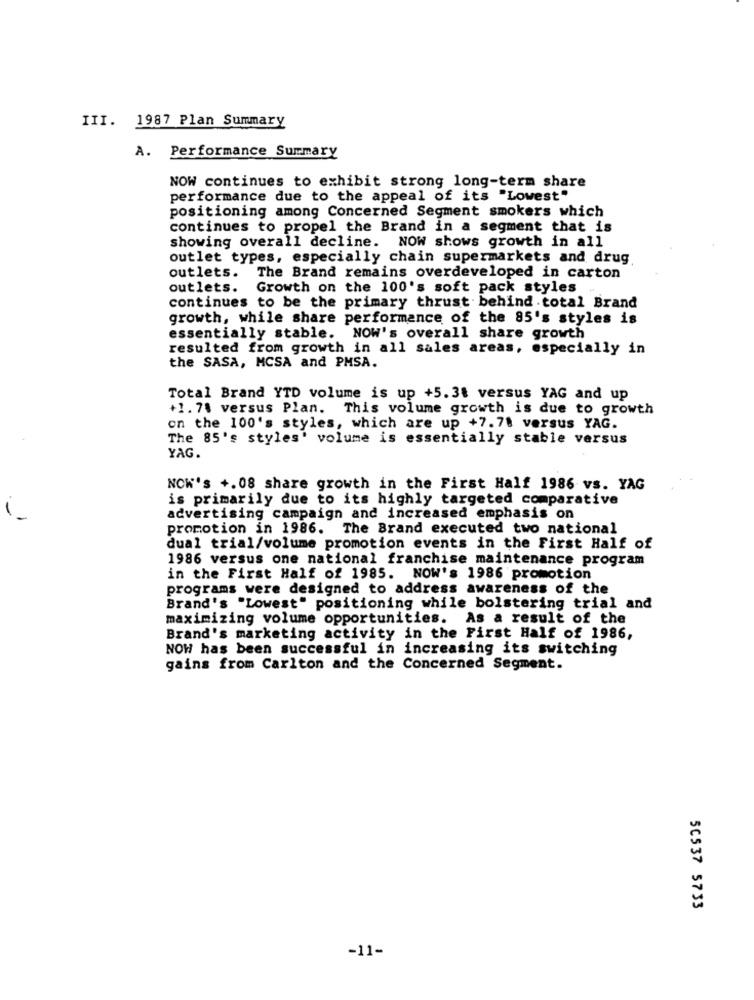
III. 1987 Plan Summary
A. Performance Summary
NOW continues to exhibit strong long-term share
performance due to the appeal of its "Lowest"
positioning among Concerned Segment smokers which
continues to propel the Brand in a segment that is
showing overall decline. NOW shows growth in all
outlet types, especially chain supermarkets and drug
outlets.
The Brand remains overdeveloped in carton
outlets. Growth on the 100's soft pack styles
continues to be the primary thrust behind . total Brand
growth, while share performance of the 85's styles is
essentially stable. NOW's overall share growth
resulted from growth in all sales areas, especially in
the SASA, MCSA and PMSA.
Total Brand YTD volume is up +5.3t versus YAG and up
+1. 70 versus Plan. This volume growth is due to growth
on the 100's styles, which are up +7.78 versus YAG.
The 85's styles' volume is essentially stable versus
YAG.
NOW's +.08 share growth in the First Half 1986 vs. YAG
is primarily due to its highly targeted comparative
advertising campaign and increased emphasis on
promotion in 1986. The Brand executed two national
dual trial/volume promotion events in the First Half of
1986 versus one national franchise maintenance program
in the First Half of 1985. NOW's 1986 promotion
programs were designed to address awareness of the
Brand's "Lowest" positioning while bolstering trial and
maximizing volume opportunities. As a result of the
Brand's marketing activity in the First Half of 1986,
NOW has been successful in increasing its switching
gains from Carlton and the Concerned Segment.
50537 5733
-11-